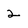
Character: 2